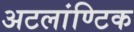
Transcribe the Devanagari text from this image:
अटलांण्टिक